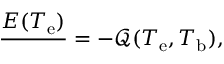
\frac { \d \mathcal { E } ( T _ { \mathrm { e } } ) } { \d t } = - \mathcal { Q } ( T _ { \mathrm { e } } , T _ { \mathrm { b } } ) ,